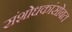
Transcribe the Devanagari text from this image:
संशोधकांसोबत